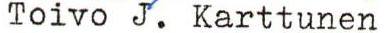
Toivo J. Karttunen